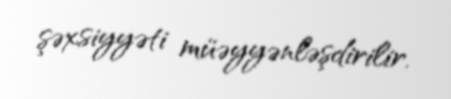
şəxsiyyəti müəyyənləşdirilir.